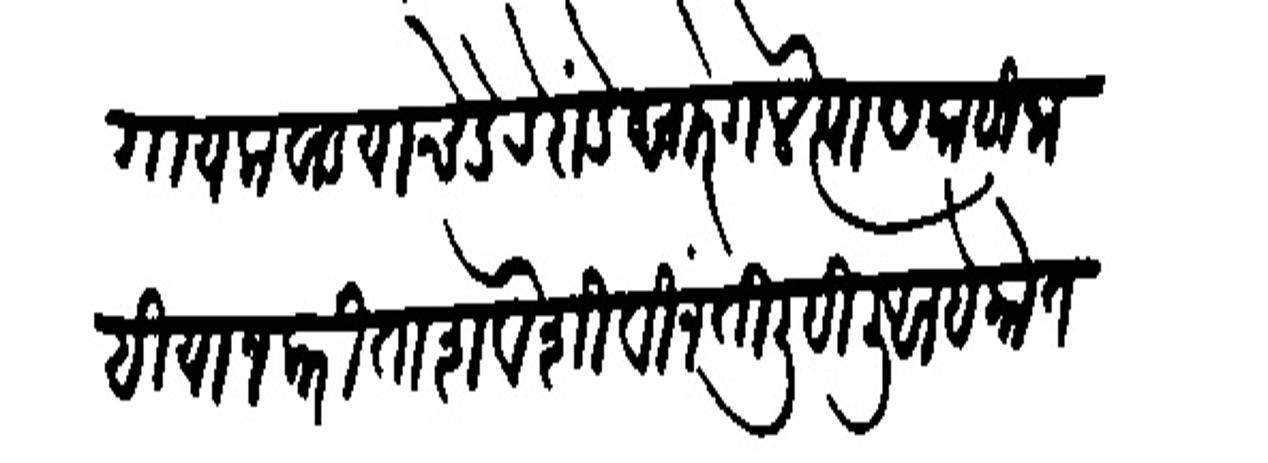
Transliteration (Devanagari): गायकवाड याचे डेरे दांडे सारे गेले त्यास काही नाही याज करिता शेवेशी विनंती लिहिली आहे कोतवाल